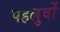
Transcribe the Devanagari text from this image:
पहलुवों